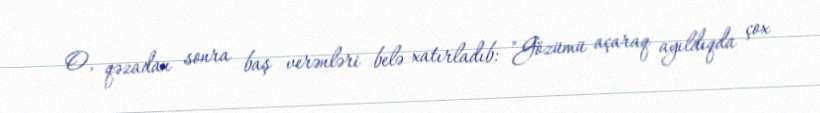
O, qəzadan sonra baş verənləri belə xatırladıb: "Gözümü açaraq ayıldıqda çox